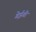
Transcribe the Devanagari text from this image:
गेईगी